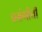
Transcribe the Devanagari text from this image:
प्रसंगीची